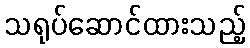
သရုပ်ဆောင်ထားသည့်